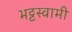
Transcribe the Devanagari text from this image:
भट्टस्वामी